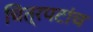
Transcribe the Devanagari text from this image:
चित्रपटांच